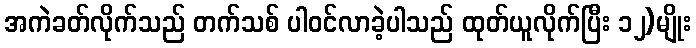
အကဲခတ်လိုက်သည် တက်သစ် ပါဝင်လာခဲ့ပါသည် ထုတ်ယူလိုက်ပြီး ၁၂)မျိုး